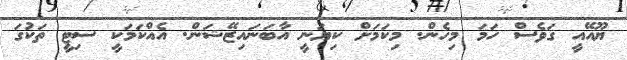
ޔޫއޭއީ ގަވެސް ހަމަ މިހެން. މިކަމަށް ކިޔަނީ އާބަނައިޒޭޝަން. އެއްކަމަކީ ސިޓީ ތަކުގަ